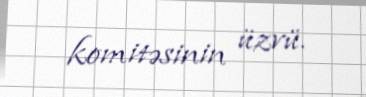
komitəsinin üzvü.